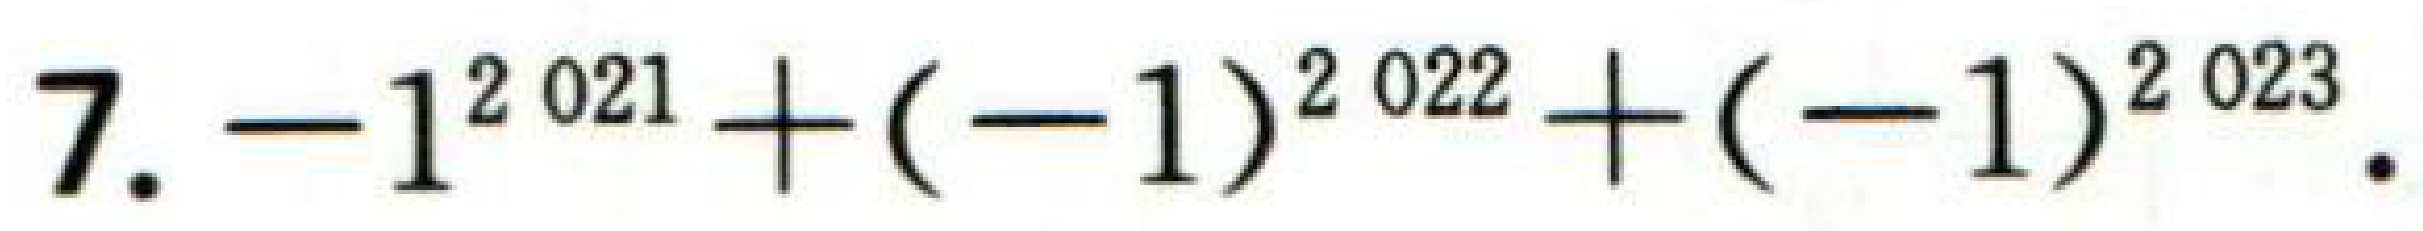
7. $-1^{2\ 021}+(-1)^{2\ 022}+(-1)^{2\ 023}$.